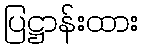
ပြဋ္ဌာန်းထား